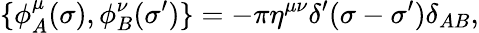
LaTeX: \{ \phi_{A}^{\mu}(\sigma),\phi_{B}^{\nu}(\sigma^{\prime})\} =-\pi\eta^{\mu\nu}\delta^{\prime}(\sigma-\sigma^{\prime})\delta_{AB},